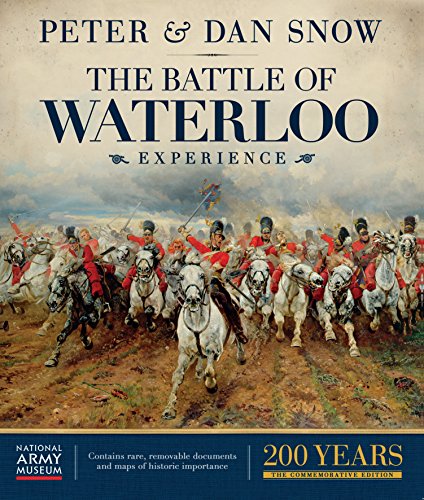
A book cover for The Battle of Waterloo Experience; Peter Snow; History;